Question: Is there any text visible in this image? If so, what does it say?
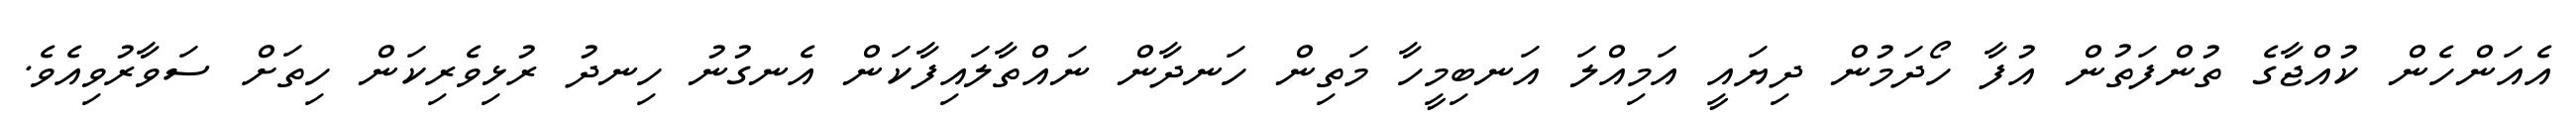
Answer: އެއަންހެން ކުއްޖާގެ ތުންފަތުން އުފާ ހޯދަމުން ދިޔައީ އަމިއްލަ އަނބިމީހާ މަތިން ހަނދާން ނައްތާލައިފާކަން އެނގުނު ހިނދު ރުޅިވެރިކަން ހިތަށް ސަވާރުވިއެވެ.